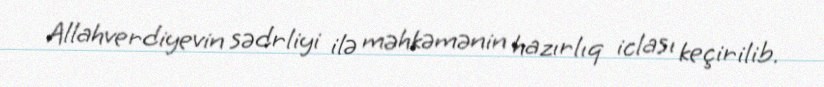
Allahverdiyevin sədrliyi ilə məhkəmənin hazırlıq iclası keçirilib.